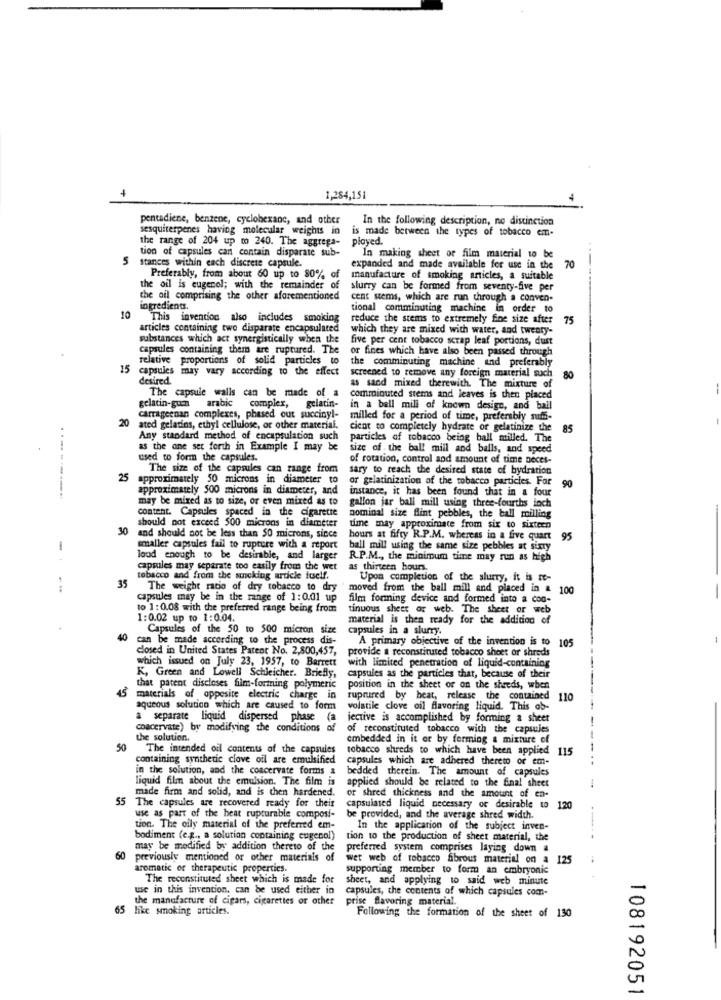
1,284,151
pentadiene, benzene, cyclohexane, and other
In the following description, no distinction
sesquiterpenes having molecular weights in
is made between the types of tobacco em-
the range of 204 up to 240. The aggrega-
ployed.
tion of capsules can contain disparate sub-
5
Stances within each discrete capsule.
In making sheet of film material to be
expanded and made available for use in the
70
Preferably, from about 60 up to 80% of
manufacture of smoking articles, a suitable
the oil is eugenol; with the remainder of
slurry can be formed from seventy-five per
the ail comprising the other aforementioned
cent stems, which are run through a conven-
ingredients.
tional comminuting machine in order to
10
This invention also includes smoking
reduce the stems to extremely fine size after
75
articles containing two disparate encapsulated
which they are mixed with water, and twenty-
substances which act synergistically when the
five per cent tobacco scrap leaf portions, dust
capsules containing them are ruptured. The
or fines which have also been passed through
relative proportions of solid particles to
the comminuting machine and preferably
15
capsules may vary according to the effect
screened to remove any foreign material such
desired.
80
as sand mixed therewith. The mixture of
gelatin-gumn arabic
The capsule walls can be made of a
comminuted stems and leaves is then placed
complex, gelatin-
in a ball mill of known design, and ball
carrageenan complexes, phased out succinyl-
milled for a period of time, preferably muff-
20 ated gelatins, ethyl cellulose, or other material.
cicot to completely hydrate or gelatinize the
85
Any standard method of encapsulation such
particles of tobacco being ball milled. The
as the one set forth in Example I may be
size of the ball mill and balls, and speed
used to form the capsules.
of rotation, control and amount of time neces-
The size of the capsules can range from
sary to reach the desired state of bydration
25
approximately 50 microns in diameter to
or gelatinization of the tobacco particles. For
90
approximately 500 microns in diameter, and
instance, it has been found that in a four
..----....
may be mixed as to size, or even mixed as to
gallon jar ball mill using three-fourths loch
content. Capsules spaced in the cigarette
should not exceed 500 microns in diameter
nominal size flint pebbles, the ball milling
time may approximate from six to sixteen
30 and should not be less than 50 microns, since
hours at fifty R.P.M. whereas in a five quart
95
smaller capsules fail to rupture with a report
ball mill using the same size pebbles at siny
loud enough to be desirable, and larger
R.P.M ., the minimum time may run as high
capsules may separate too easily from the wet
as thirteen bours.
35
tobacco and from the sucking article itself.
Upon completion of the slurry, it is re-
The weight ratio of dry tobacco to dry
moved from the ball mill and placed in & 100
capsules may be in the range of 1:0.01 up
film formning device and formed into a con-
to 1:0.08 with the preferred range being from
tinuous sheer or web. The sheet or web
1:0.02 up to 1:0.04.
material is then ready for the addition of
Capsules of the 50 to 500 micron si
capsules in a slurry.
40
can be made according to the process dis-
A primary objective of the invention is to
closed in United States Patent No. 2,800,457,
provide a reconstituted tobacco sheet or shreds
105
which issued on July 23, 1957, to Barrett
with limited penetration of liquid-containing
K, Green and Lowell Schleicher. Briefly,
capsules as the particles that, because of their
that patent discloses film-formning polymeric
position in the sheet or on the shreds, when
materials of oppesite electric charge in
ruptured by heat, release the contained
110
aqueous solution which are caused to form
volatile clove oil flavoring liquid. This ob-
a separate liquid dispersed phase (
jective is accomplished by forming a sheet
coacervate) by modifying the conditions of
of reconstituted tobacco with the capsules
the solution.
embedded in it or by forming a mixture of
50
The intended oil contents of the capsules
tobacco shreds to which have been applied
115
containing synthetic clove oil are emulsified
capsules which are adhered thereto or em-
in the solution, and the coacervate forms &
bedded therein. The amount of capsules
liquid film about the emulsion. The film is
made firm and solid, and is chen hardened.
applied should be related to the final sheet
of shred thickness and the amount of en-
55 The capsules are recovered ready for their
capsulated liquid necessary of desirable to
120
use as part of the beat rupturable composi-
be provided, and the average shred width.
--
tion. The oily material of the preferred em-
In the application of the subject inven-
bodiment (e.g ., a solution containing eugenol)
tion to the production of sheet material, the
may be modified by addition thereto of the
preferred system comprises laying down a
previously mentioned or other materials of
wet web of tobacco fibrous material on a 125
aromatic of therapeutic properties.
supporting member to form an embryonic
The reconstituted sheet which is made for
sheet, and applying to said web minute
wse in this invention, can be used either in
capsules, the contents of which capsules com-
the manufacture of cigars, cigarettes or other
prise flavoring material.
65 like smoking articles.
Following the formation of the sheet of 130
108192051